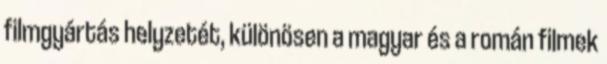
filmgyártás helyzetét, különösen a magyar és a román filmek